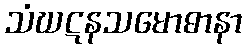
သံဃဋနသမောဓာနာ